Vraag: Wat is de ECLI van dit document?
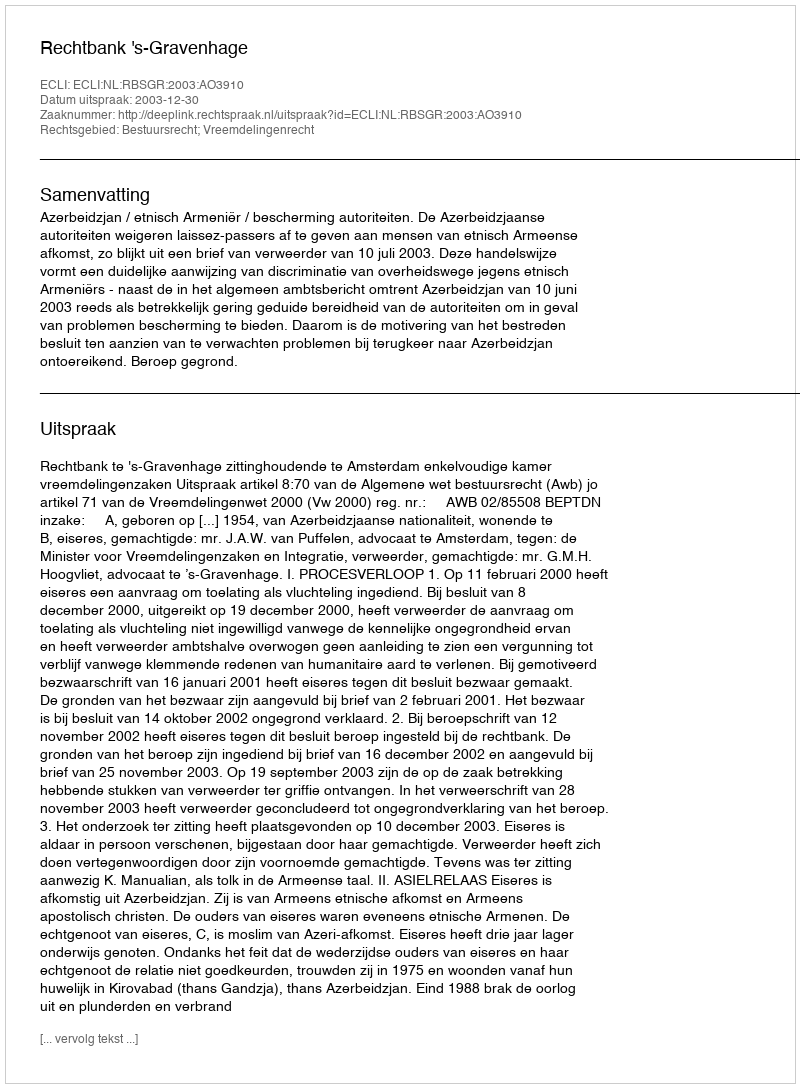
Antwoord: ECLI:NL:RBSGR:2003:AO3910